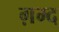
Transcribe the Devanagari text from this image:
ग़म्द